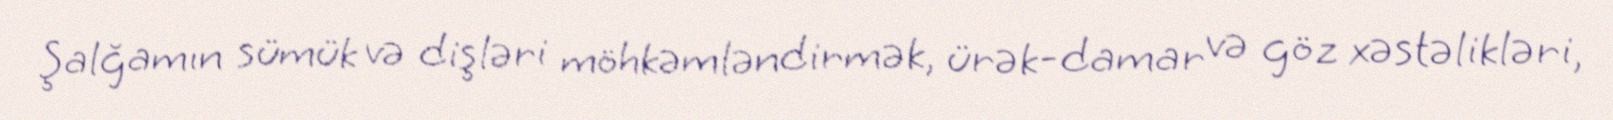
Şalğamın sümük və dişləri möhkəmləndirmək, ürək-damar və göz xəstəlikləri,